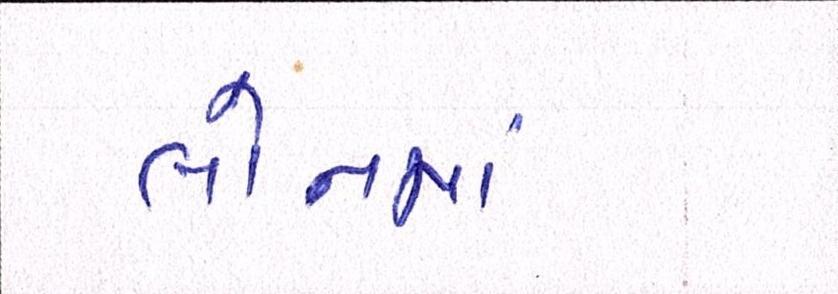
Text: લોનમાં